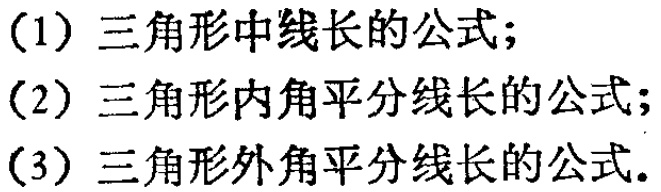
(1) 三角形中线长的公式;

(2) 三角形内角平分线长的公式;

(3) 三角形外角平分线长的公式.